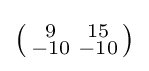
\left({\begin{smallmatrix}9&15\\-10&-10\\\end{smallmatrix}}\right)